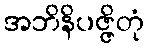
အဘိနိပဇ္ဇိတုံ